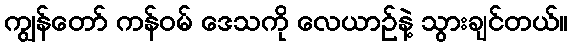
ကျွန်တော် ကန်ဝမ် ဒေသကို လေယာဉ်နဲ့ သွားချင်တယ်။